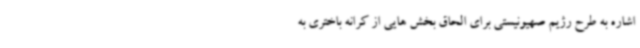
اشاره به طرح رژیم صهیونیستی برای الحاق بخش هایی از کرانه باختری به